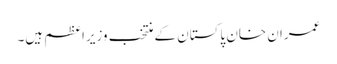
عمران خان پاکستان کے منتخب وزیراعظم ہیں۔